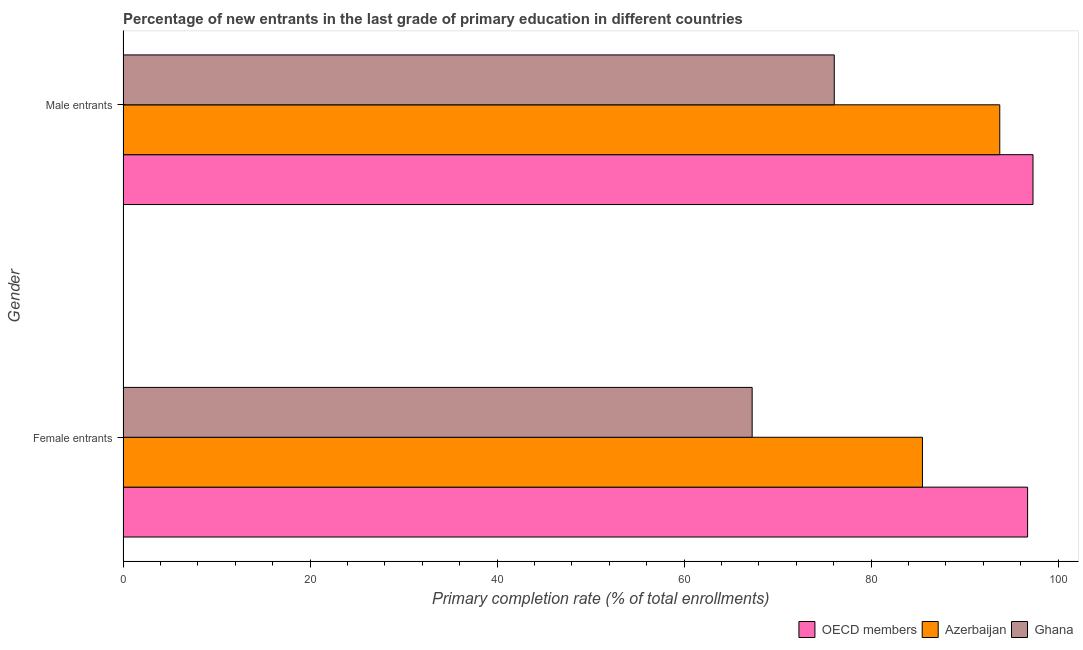
| Gender | OECD members | Azerbaijan | Ghana |
 | --- | --- | --- | --- |
 | Female entrants | 96.7 | 85.5 | 67.3 |
 | Male entrants | 97.3 | 93.8 | 76.1 |